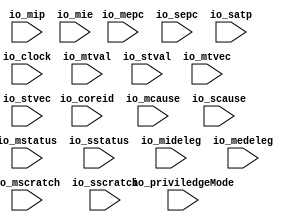

module DifftestCSRState(
  input         io_clock,
input  [ 7:0] io_coreid,
input  [ 1:0] io_priviledgeMode,
input  [63:0] io_mstatus,
input  [63:0] io_sstatus,
input  [63:0] io_mepc,
input  [63:0] io_sepc,
input  [63:0] io_mtval,
input  [63:0] io_stval,
input  [63:0] io_mtvec,
input  [63:0] io_stvec,
input  [63:0] io_mcause,
input  [63:0] io_scause,
input  [63:0] io_satp,
input  [63:0] io_mip,
input  [63:0] io_mie,
input  [63:0] io_mscratch,
input  [63:0] io_sscratch,
input  [63:0] io_mideleg,
input  [63:0] io_medeleg
);
`ifndef SYNTHESIS
`ifdef DIFFTEST

import "DPI-C" function void v_difftest_CSRState (
input     byte io_coreid,
input     byte io_priviledgeMode,
input  longint io_mstatus,
input  longint io_sstatus,
input  longint io_mepc,
input  longint io_sepc,
input  longint io_mtval,
input  longint io_stval,
input  longint io_mtvec,
input  longint io_stvec,
input  longint io_mcause,
input  longint io_scause,
input  longint io_satp,
input  longint io_mip,
input  longint io_mie,
input  longint io_mscratch,
input  longint io_sscratch,
input  longint io_mideleg,
input  longint io_medeleg
);

  always @(posedge io_clock) begin
    v_difftest_CSRState (io_coreid,io_priviledgeMode,io_mstatus,io_sstatus,io_mepc,io_sepc,io_mtval,io_stval,io_mtvec,io_stvec,io_mcause,io_scause,io_satp,io_mip,io_mie,io_mscratch,io_sscratch,io_mideleg,io_medeleg);
  end
`endif
`endif
endmodule